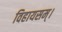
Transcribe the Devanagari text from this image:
विहायसम्।